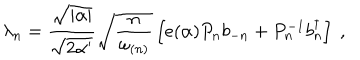
\lambda _ { n } = \frac { \sqrt { | \alpha | } } { \sqrt { 2 \alpha ^ { \prime } } } \sqrt { \frac { n } { \omega _ { ( n ) } } } \left[ e ( \alpha ) P _ { n } b _ { - n } + P _ { n } ^ { - 1 } b _ { n } ^ { \dagger } \right] ~ ,